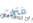
فترات